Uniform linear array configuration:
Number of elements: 32
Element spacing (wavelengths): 0.75
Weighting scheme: exponential
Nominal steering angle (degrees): -30
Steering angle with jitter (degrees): -30.639
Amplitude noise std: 0.05
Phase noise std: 0.05

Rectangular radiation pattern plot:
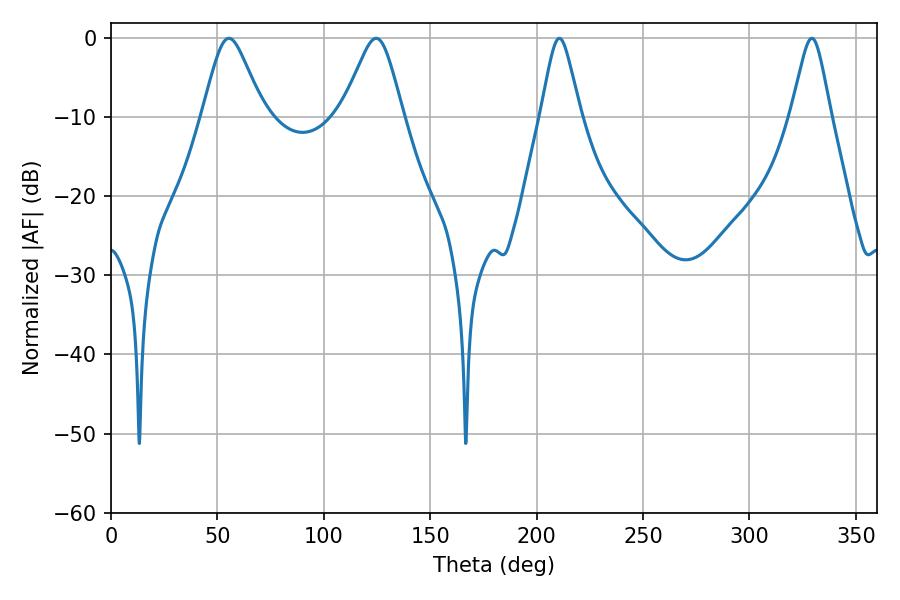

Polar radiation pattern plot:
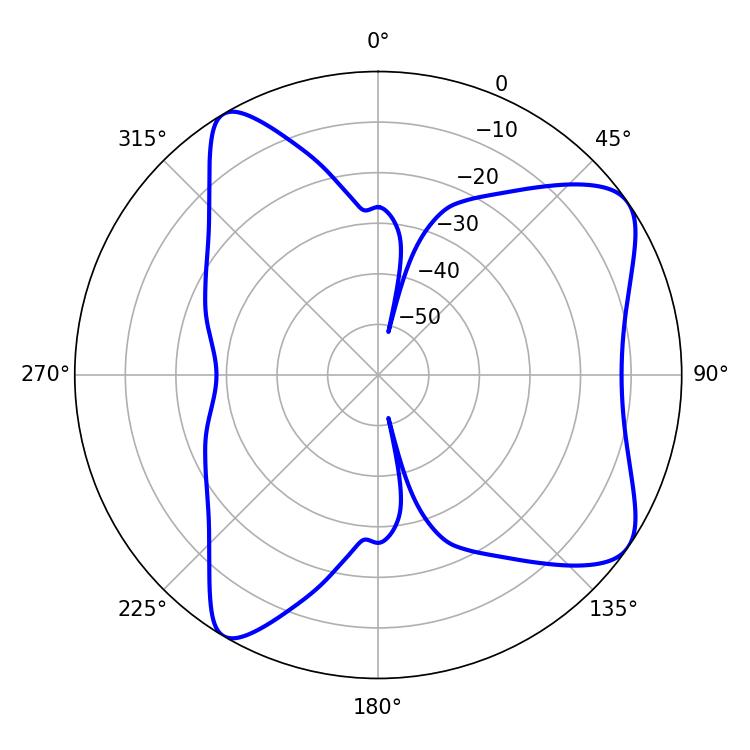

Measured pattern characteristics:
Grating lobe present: TRUE
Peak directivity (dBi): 8.061
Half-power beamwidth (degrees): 13.68
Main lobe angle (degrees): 55.44